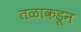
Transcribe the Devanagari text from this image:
तळाकडून